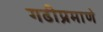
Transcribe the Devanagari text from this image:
गढीप्रमाणे